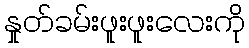
နှုတ်ခမ်းဖူးဖူးလေးကို